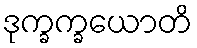
ဒုက္ခက္ခယောတိ